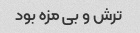
ترش و بی مزه بود